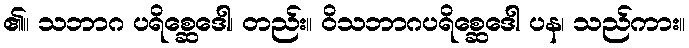
၏။ သဘာဂ ပရိစ္ဆေဒေါ၊ တည်း။ ဝိသဘာဂပရိစ္ဆေဒေါ ပန၊ သည်ကား။